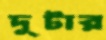
দুটার